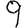
Digit: 9